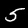
Digit: 5